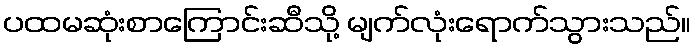
ပထမဆုံးစာကြောင်းဆီသို့ မျက်လုံးရောက်သွားသည်။